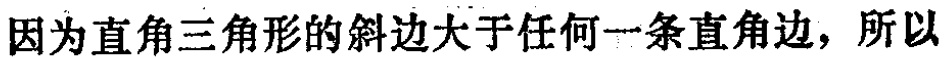
因为直角三角形的斜边大于任何一条直角边，所以